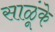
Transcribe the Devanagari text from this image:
साळूंके